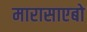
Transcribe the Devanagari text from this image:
मारासाएबो